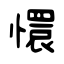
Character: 懁